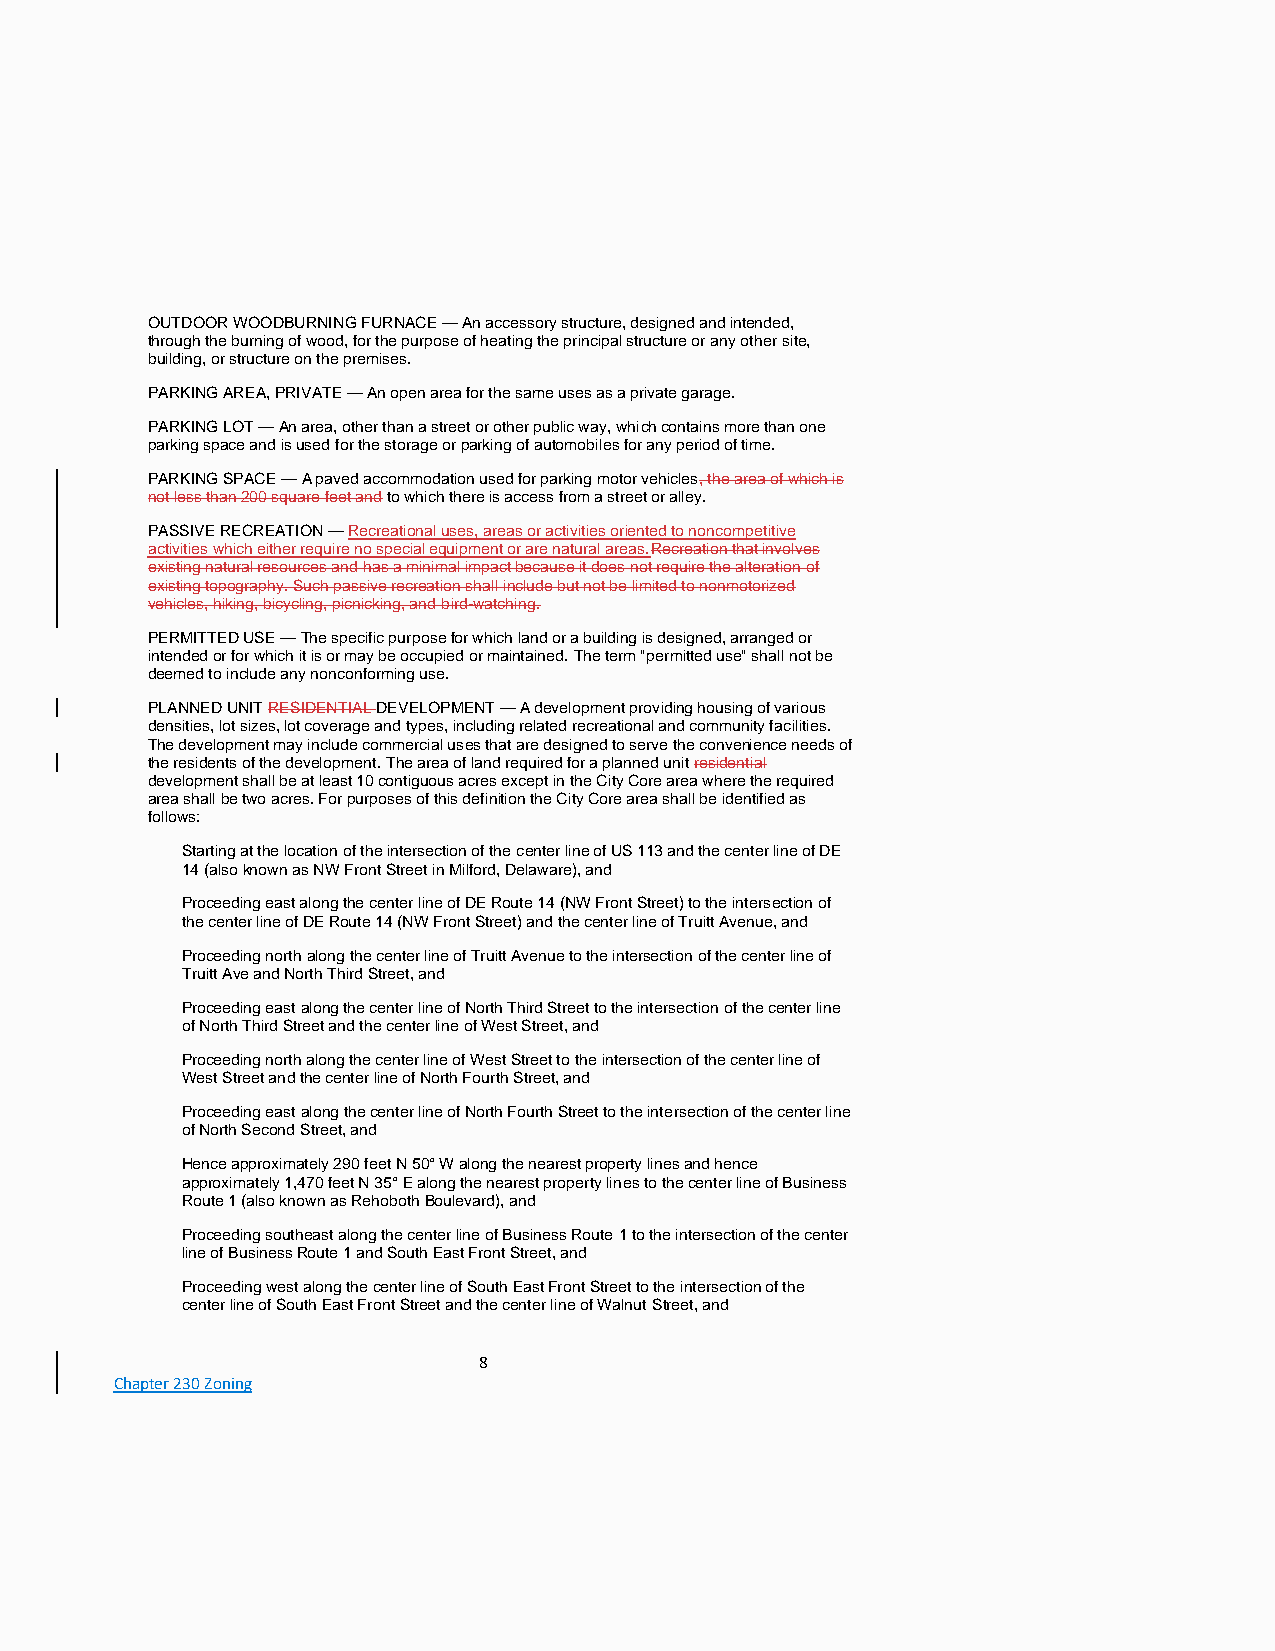
OUTDOOR WOODBURNING FURNACE — An accessory structure, designed and intended,
 through the burning of wood, for the purpose of heating the principal structure or any other site,
 building, or structure on the premises.
 PARKING AREA, PRIVATE — An open area for the same uses as a private garage.
 PARKING LOT — An area, other than a street or other public way, which contains more than one
 parking space and is used for the storage or parking of automobiles for any period of time.
 PARKING SPACE — A paved accommodation used for parking motor vehicles, the area of which is
 not less than 200 square feet and to which there is access from a street or alley.
 PASSIVE RECREATION — Recreational uses, areas or activities oriented to noncompetitive
 activities which either require no special equipment or are natural areas.Recreation that involves
 existing natural resources and has a minimal impact because it does not require the alteration of
 existing topography. Such passive recreation shall include but not be limited to nonmotorized
 vehicles, hiking, bicycling, picnicking, and bird-watching.
 PERMITTED USE — The specific purpose for which land or a building is designed, arranged or
 intended or for which it is or may be occupied or maintained. The term "permitted use" shall not be
 deemed to include any nonconforming use.
 PLANNED UNIT RESIDENTIAL DEVELOPMENT — A development providing housing of various
 densities, lot sizes, lot coverage and types, including related recreational and community facilities.
 The development may include commercial uses that are designed to serve the convenience needs of
 the residents of the development. The area of land required for a planned unit residential
 development shall be at least 10 contiguous acres except in the City Core area where the required
 area shall be two acres. For purposes of this definition the City Core area shall be identified as
 follows:
 Starting at the location of the intersection of the center line of US 113 and the center line of DE
 14 (also known as NW Front Street in Milford, Delaware), and
 Proceeding east along the center line of DE Route 14 (NW Front Street) to the intersection of
 the center line of DE Route 14 (NW Front Street) and the center line of Truitt Avenue, and
 Proceeding north along the center line of Truitt Avenue to the intersection of the center line of
 Truitt Ave and North Third Street, and
 Proceeding east along the center line of North Third Street to the intersection of the center line
 of North Third Street and the center line of West Street, and
 Proceeding north along the center line of West Street to the intersection of the center line of
 West Street and the center line of North Fourth Street, and
 Proceeding east along the center line of North Fourth Street to the intersection of the center line
 of North Second Street, and
 Hence approximately 290 feet N 50° W along the nearest property lines and hence
 approximately 1,470 feet N 35° E along the nearest property lines to the center line of Business
 Route 1 (also known as Rehoboth Boulevard), and
 Proceeding southeast along the center line of Business Route 1 to the intersection of the center
 line of Business Route 1 and South East Front Street, and
 Proceeding west along the center line of South East Front Street to the intersection of the
 center line of South East Front Street and the center line of Walnut Street, and
 8
 Chapter 230 Zoning